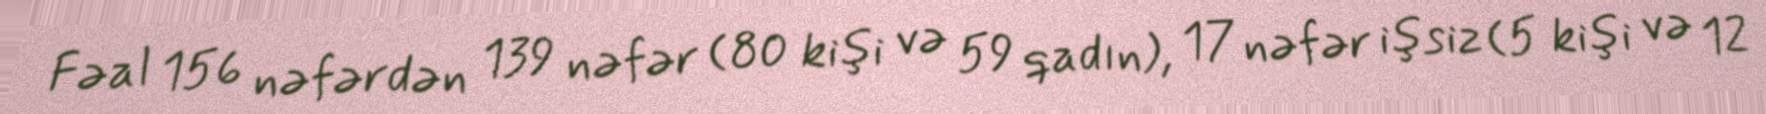
Fəal 156 nəfərdən 139 nəfər (80 kişi və 59 qadın), 17 nəfər işsiz (5 kişi və 12